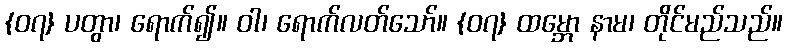
{၀၇} ပတွာ၊ ရောက်၍။ ဝါ၊ ရောက်လတ်သော်။ {၀၇} ထမ္ဘော နာမ၊ တိုင်မည်သည်။